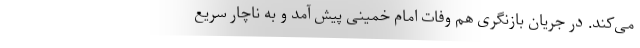
می‌کند. در جریان بازنگری هم وفات امام خمینی پیش آمد و به ناچار سریع